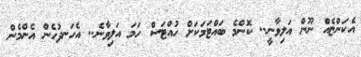
އެކަންޏެއް ނޫން އަލިވާނީ.. ކޮންމެ ބައްޓަމަކަށް ހުއްޓަސް ހަމަ އަލިވާނެ.. އެހަނދުހެން އެންމެން